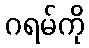
ဂရမ်ကို